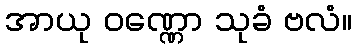
အာယု ဝဏ္ဏော သုခံ ဗလံ။